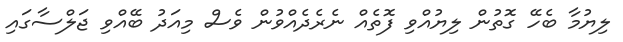
ލިޔުމާ ބެހޭ ގޮތުން ލިޔުއްވި ފޮތެއް ނެރެދެއްވުން ވެސް މިއަދު ބޭއްވި ޖަލްސާގައި